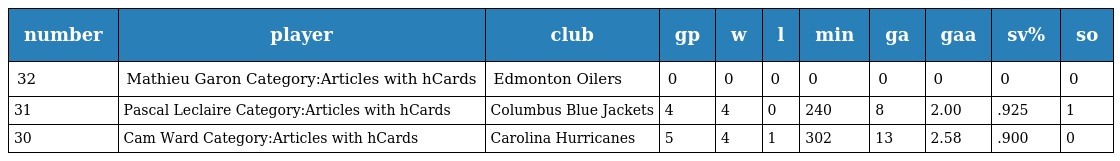
| number | player | club | gp | w | l | min | ga | gaa | sv% | so |
 | --- | --- | --- | --- | --- | --- | --- | --- | --- | --- | --- |
 | 32 | Mathieu Garon Category:Articles with hCards | Edmonton Oilers | 0 | 0 | 0 | 0 | 0 | 0 | 0 | 0 |
 | 31 | Pascal Leclaire Category:Articles with hCards | Columbus Blue Jackets | 4 | 4 | 0 | 240 | 8 | 2.00 | .925 | 1 |
 | 30 | Cam Ward Category:Articles with hCards | Carolina Hurricanes | 5 | 4 | 1 | 302 | 13 | 2.58 | .900 | 0 |